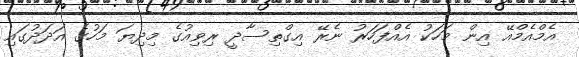
އެމްއެމްއޭ އިން މަހަކު އެއްފަހަރު ނެރޭ އިގްތިސާދީ ރިވިއުގެ މިދިޔަ މަހުގެ އަދަދުގައި